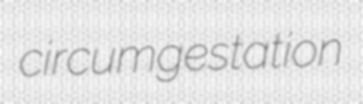
circumgestation